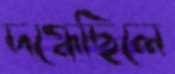
দগ্ধেছিলে